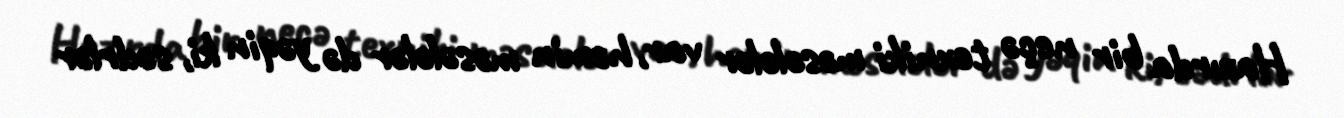
Hazırda bir neçə texniki məsələlər var, həmin məsələlər də yəqin ki, sədrlər